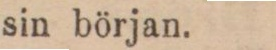
sin början.